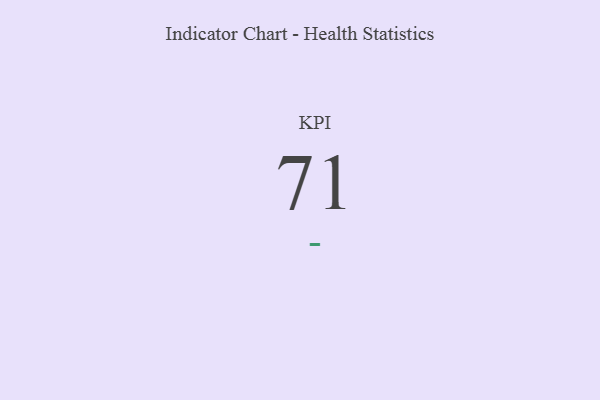
{"axis": {"x": "KPI", "y": "Value"}, "legend": [""], "data": [{"x": "KPI", "y": 71, "type": ""}]}